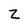
Character: z